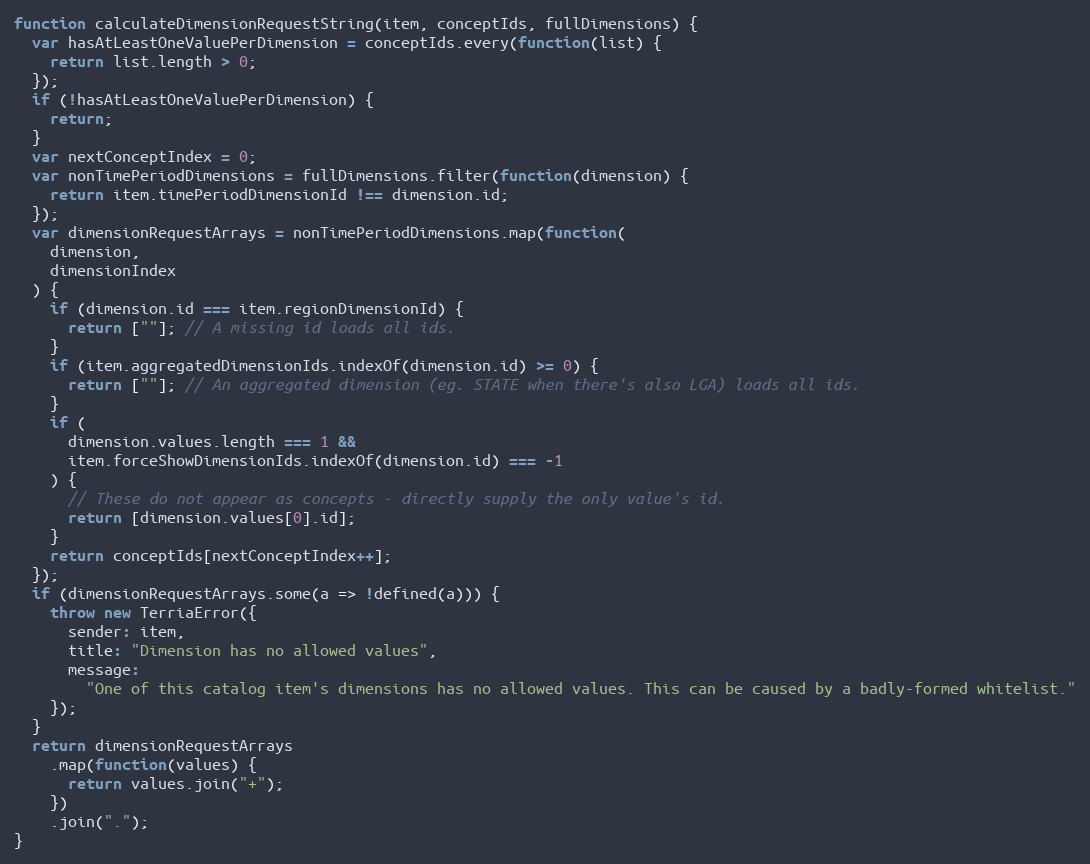
Language: JavaScript
function calculateDimensionRequestString(item, conceptIds, fullDimensions) {
  var hasAtLeastOneValuePerDimension = conceptIds.every(function(list) {
    return list.length > 0;
  });
  if (!hasAtLeastOneValuePerDimension) {
    return;
  }
  var nextConceptIndex = 0;
  var nonTimePeriodDimensions = fullDimensions.filter(function(dimension) {
    return item.timePeriodDimensionId !== dimension.id;
  });
  var dimensionRequestArrays = nonTimePeriodDimensions.map(function(
    dimension,
    dimensionIndex
  ) {
    if (dimension.id === item.regionDimensionId) {
      return [""]; // A missing id loads all ids.
    }
    if (item.aggregatedDimensionIds.indexOf(dimension.id) >= 0) {
      return [""]; // An aggregated dimension (eg. STATE when there's also LGA) loads all ids.
    }
    if (
      dimension.values.length === 1 &&
      item.forceShowDimensionIds.indexOf(dimension.id) === -1
    ) {
      // These do not appear as concepts - directly supply the only value's id.
      return [dimension.values[0].id];
    }
    return conceptIds[nextConceptIndex++];
  });
  if (dimensionRequestArrays.some(a => !defined(a))) {
    throw new TerriaError({
      sender: item,
      title: "Dimension has no allowed values",
      message:
        "One of this catalog item's dimensions has no allowed values. This can be caused by a badly-formed whitelist."
    });
  }
  return dimensionRequestArrays
    .map(function(values) {
      return values.join("+");
    })
    .join(".");
}